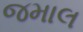
જમાલ